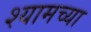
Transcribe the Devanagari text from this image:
श्यामच्या